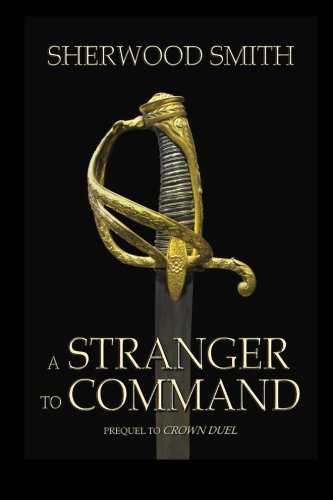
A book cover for A Stranger to Command; Sherwood Smith; Science Fiction & Fantasy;